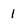
Character: 1